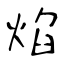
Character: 焰